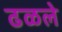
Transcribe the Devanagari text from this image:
ढळले